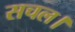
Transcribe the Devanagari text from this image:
सचल।